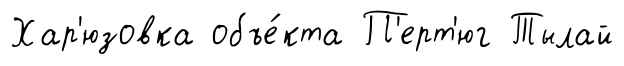
Хар'юзовка объе́кта П'ерт'юг Тылай